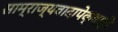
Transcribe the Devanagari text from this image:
साम्राज्यवादापेक्षाही